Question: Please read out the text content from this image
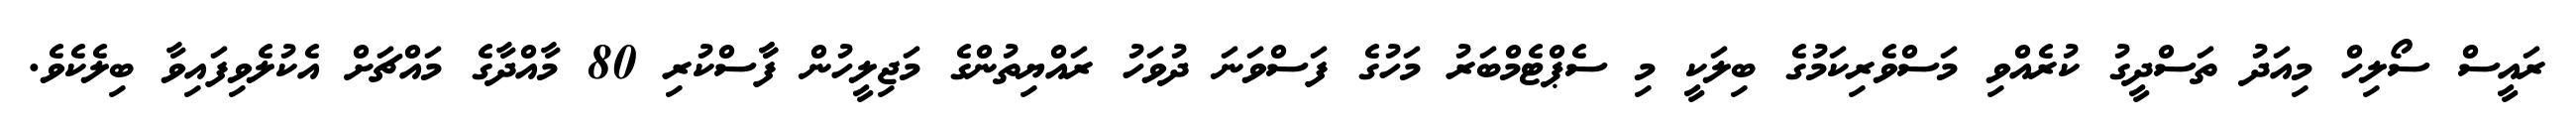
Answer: ރައީސް ސޯލިހް މިއަދު ތަސްދީގު ކުރެއްވި މަސްވެރިކަމުގެ ބިލަކީ މި ސެޕްޓެމްބަރު މަހުގެ ފަސްވަނަ ދުވަހު ރައްޔިތުންގެ މަޖިލީހުން ފާާސްކުރި 80 މާއްދާގެ މައްޗަށް އެކުލެވިފައިވާ ބިލެކެވެ.